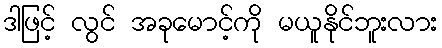
ဒါဖြင့် လွင် အခုမောင့်ကို မယူနိုင်ဘူးလား